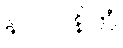
နာဂဝနိကံ